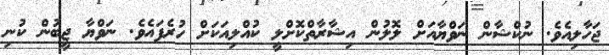
ޖަހާލިއެވެ. ނުކްޝާން ނަވްޔާއަށް ލޮލުން އިޝާރާތްކޮށްލީ ކުއްލިއަކަށް ހުރެފައެވެ. ނަވްޔާ ޖީބުން ކުނި